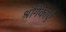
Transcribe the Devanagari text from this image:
श्रंगिकाएं